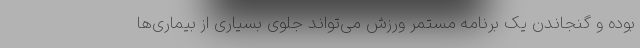
بوده و گنجاندن یک برنامه مستمر ورزش می‌تواند جلوی بسیاری از بیماری‌ها